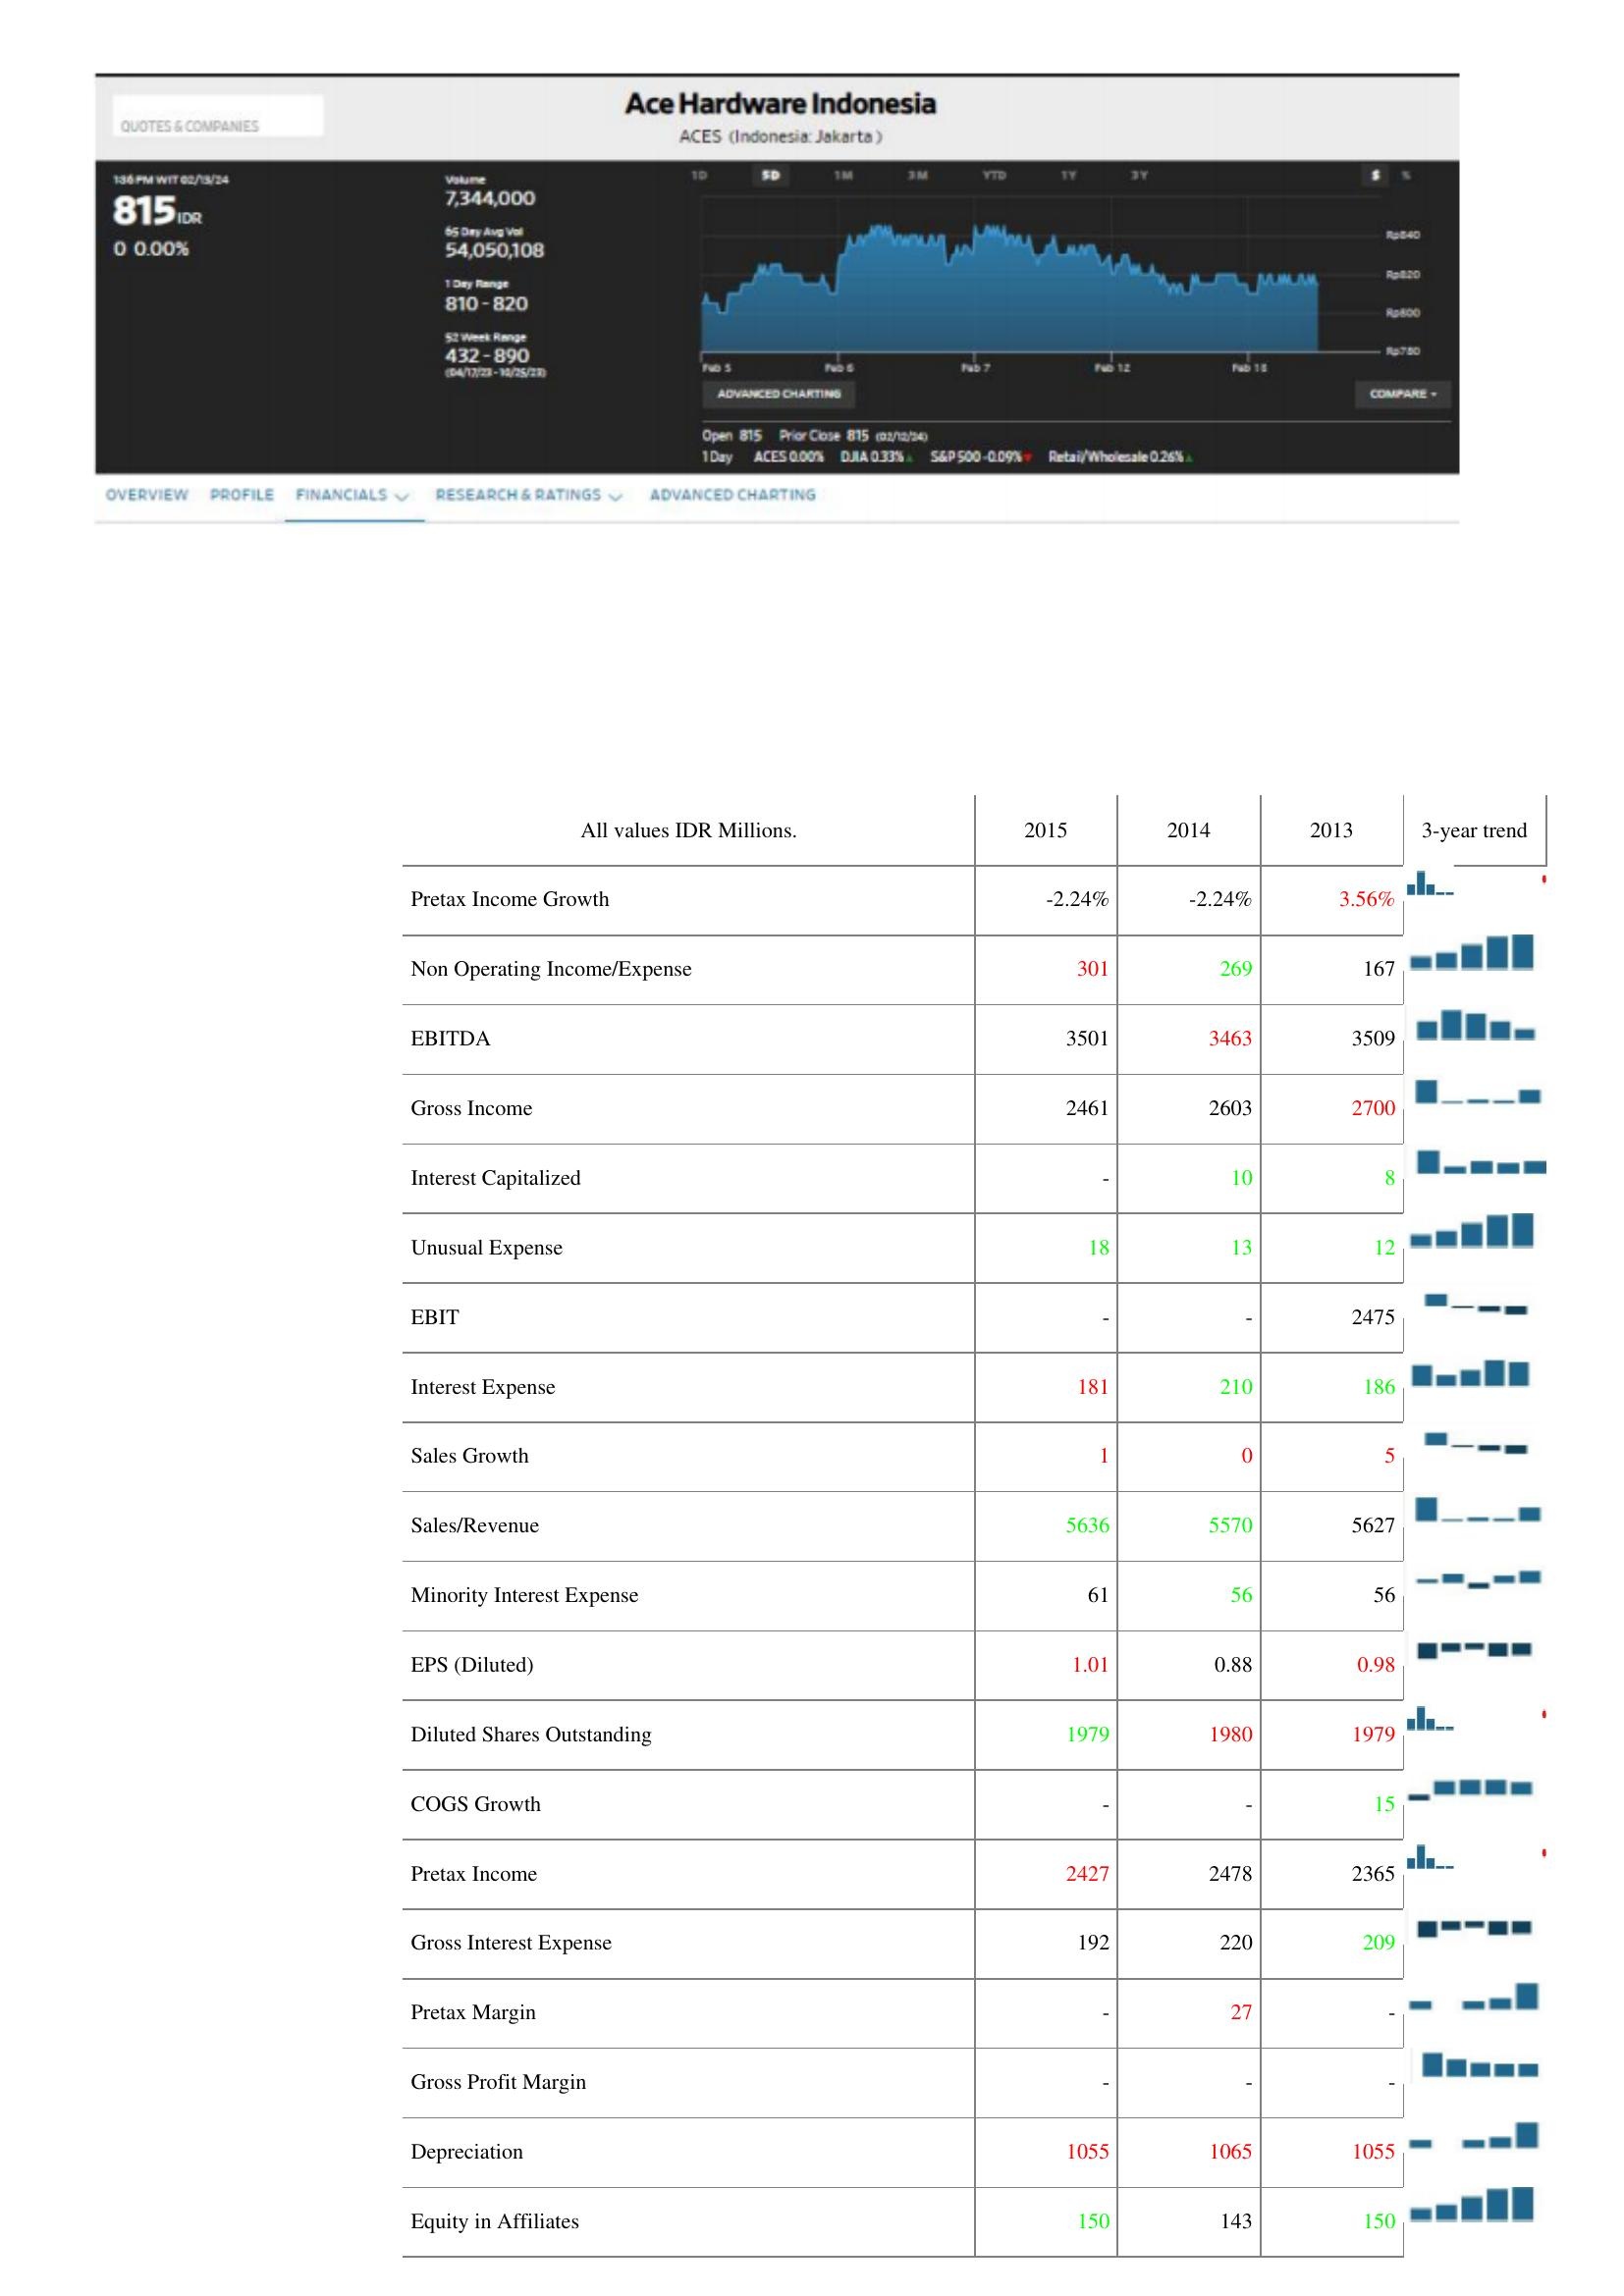
2015: : Pretax Income Growth: -2.24%
Non Operating Income/Expense: 301
EBITDA: 3501
Gross Income: 2461
Interest Capitalized: -
Unusual Expense: 18
EBIT: -
Interest Expense: 181
Sales Growth: 1
Sales/Revenue: 5636
Minority Interest Expense: 61
EPS (Diluted): 1.01
Diluted Shares Outstanding: 1979
COGS Growth: -
Pretax Income: 2427
Gross Interest Expense: 192
Pretax Margin: -
Gross Profit Margin: -
Depreciation: 1055
Equity in Affiliates: 150
2014: : Pretax Income Growth: -2.24%
Non Operating Income/Expense: 269
EBITDA: 3463
Gross Income: 2603
Interest Capitalized: 10
Unusual Expense: 13
EBIT: -
Interest Expense: 210
Sales Growth: 0
Sales/Revenue: 5570
Minority Interest Expense: 56
EPS (Diluted): 0.88
Diluted Shares Outstanding: 1980
COGS Growth: -
Pretax Income: 2478
Gross Interest Expense: 220
Pretax Margin: 27
Gross Profit Margin: -
Depreciation: 1065
Equity in Affiliates: 143
2013: : Pretax Income Growth: 3.56%
Non Operating Income/Expense: 167
EBITDA: 3509
Gross Income: 2700
Interest Capitalized: 8
Unusual Expense: 12
EBIT: 2475
Interest Expense: 186
Sales Growth: 5
Sales/Revenue: 5627
Minority Interest Expense: 56
EPS (Diluted): 0.98
Diluted Shares Outstanding: 1979
COGS Growth: 15
Pretax Income: 2365
Gross Interest Expense: 209
Pretax Margin: -
Gross Profit Margin: -
Depreciation: 1055
Equity in Affiliates: 150